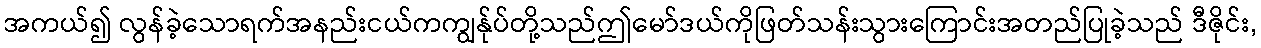
အကယ်၍ လွန်ခဲ့သောရက်အနည်းငယ်ကကျွန်ုပ်တို့သည်ဤမော်ဒယ်ကိုဖြတ်သန်းသွားကြောင်းအတည်ပြုခဲ့သည် ဒီဇိုင်း,